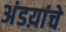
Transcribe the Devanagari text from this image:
अंडय़ांचे